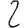
Digit: 2